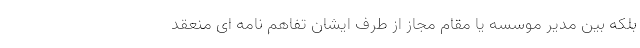
بلکه بین مدیر موسسه یا مقام مجاز از طرف ایشان تفاهم نامه ای منعقد